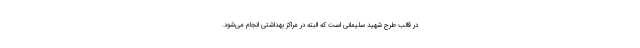
در قالب طرح شهید سلیمانی است که البته در مراکز بهداشتی انجام می‌شود.